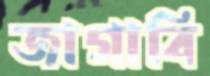
জাগাবি